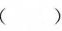
()